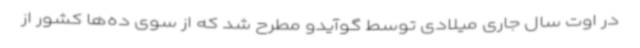
در اوت سال جاری میلادی توسط گوآیدو مطرح شد که از سوی ده‌ها کشور از